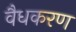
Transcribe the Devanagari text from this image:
वैधकरण